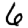
Digit: 6